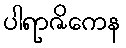
ပါရာဇိကေန